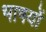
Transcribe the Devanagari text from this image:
भाषयों